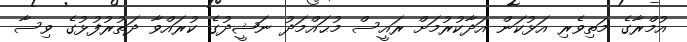
އުމްރާގެ މަތިވެރި އަޅުކަން އަދާކުރުމަށް ރައީސް މުޙައްމަދު ނަޝީދުގެ ކުރައްވާ ދަތުރުފުޅުގެ ވިސާ